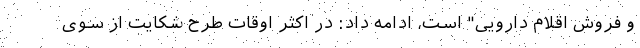
و فروش اقلام دارویی" است، ادامه داد: در اکثر اوقات طرح شکایت از سوی